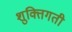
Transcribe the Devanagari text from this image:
शुक्तिगती